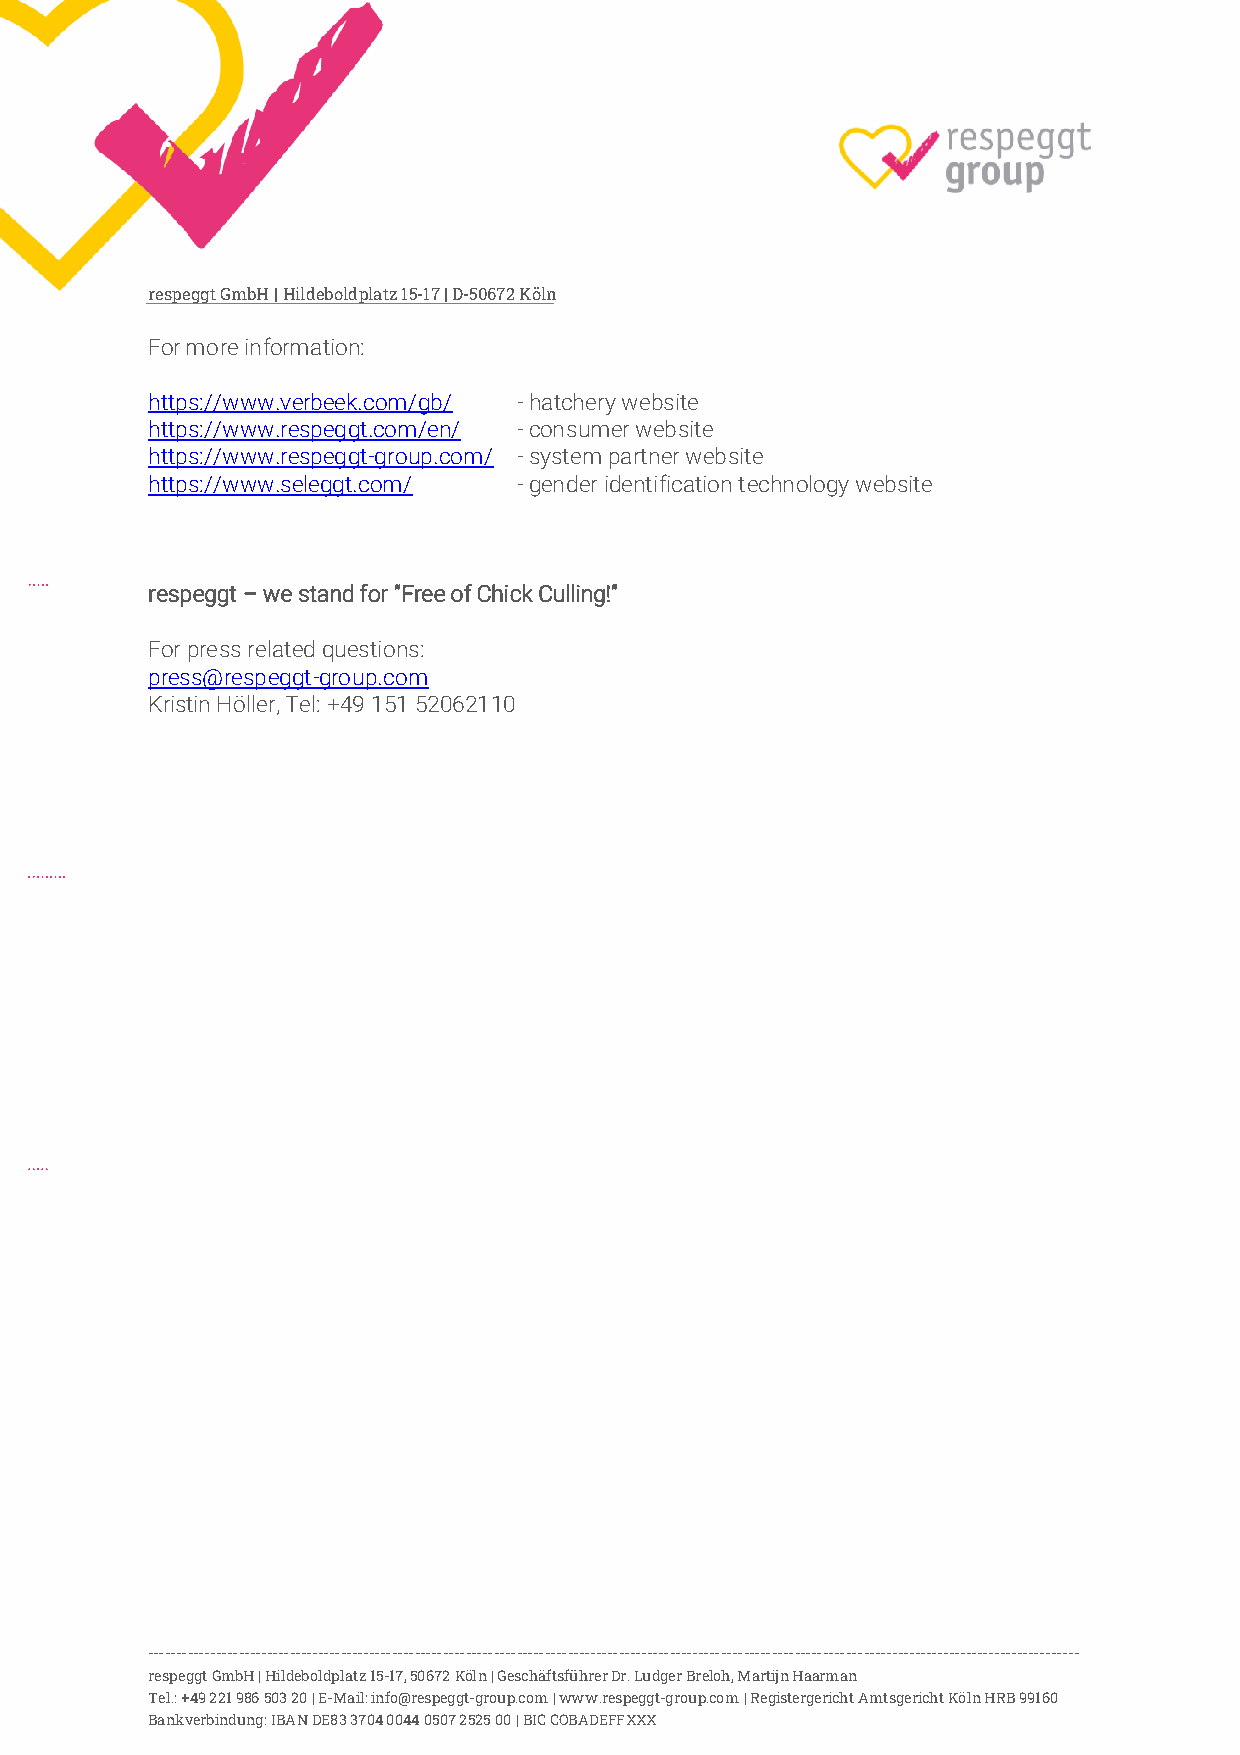
respeggt GmbH | Hildeboldplatz 15-17 | D-50672 Köln
 For more information:
 https://www.verbeek.com/gb/ - hatchery website
 https://www.respeggt.com/en/ - consumer website
 https://www.respeggt-group.com/ - system partner website
 https://www.seleggt.com/ - gender identification technology website
 respeggt – we stand for “Free of Chick Culling!”
 For press related questions:
 press@respeggt-group.com
 Kristin Höller, Tel: +49 151 52062110
 --------------------------------------------------------------------------------------------------------------------------------------------------------------------
 respeggt GmbH | Hildeboldplatz 15-17, 50672 Köln | Geschäftsführer Dr. Ludger Breloh, Martijn Haarman
 Tel.: +49 221 986 503 20 | E-Mail: info@respeggt-group.com | www.respeggt-group.com | Registergericht Amtsgericht Köln HRB 99160
 Bankverbindung: IBAN DE83 3704 0044 0507 2525 00 | BIC COBADEFFXXX